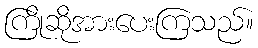
ကြိုဆိုအားပေးကြသည်။